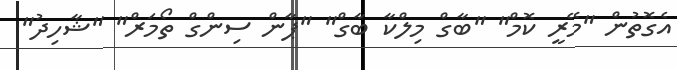
އެގޮތުން "މޭރީ ކޮމް" "ބާގް މިލްކާ ބާގް" "ޕާން ސިންގް ތޯމަރް" "ޝާހިދު"